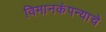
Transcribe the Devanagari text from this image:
विमानकंपन्याचे